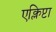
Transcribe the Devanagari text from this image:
एक्लिप्टा